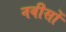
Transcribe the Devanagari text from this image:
नवीसों